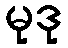
မုဒု